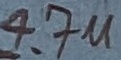
Text: 4.7u